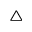
\triangle